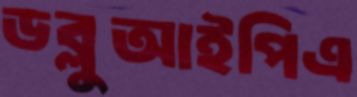
ডব্লুআইপিএ